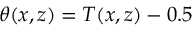
\theta ( x , z ) = T ( x , z ) - 0 . 5